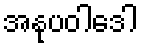
အနုပဝါဒေါ